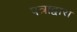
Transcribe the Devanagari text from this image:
पत्राद्वारा